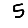
Digit: 5